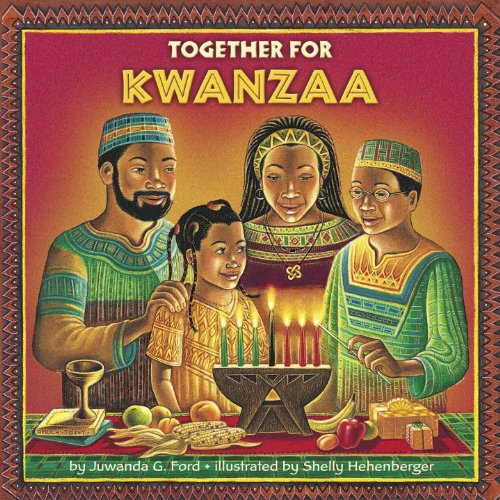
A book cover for Together for Kwanzaa (Pictureback(R)); Juwanda G. Ford; Children's Books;